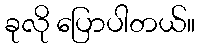
ခုလို ပြောပါတယ်။